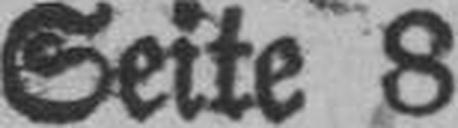
Seite 8